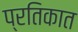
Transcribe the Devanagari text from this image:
प्रतिकात